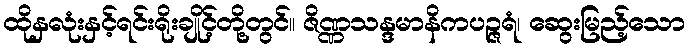
ထိုနှလုံးနှင့်ရင်းရိုးချိုင့်တို့တွင်။ ဇိဏ္ဏသန္ဒမာနိကပဉ္ဇရံ၊ ဆွေးမြည့်သော